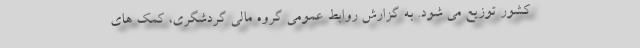
کشور توزیع می شود. به گزارش روابط عمومی گروه مالی گردشگری، کمک های